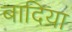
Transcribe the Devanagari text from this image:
बादिया